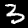
Label: 3